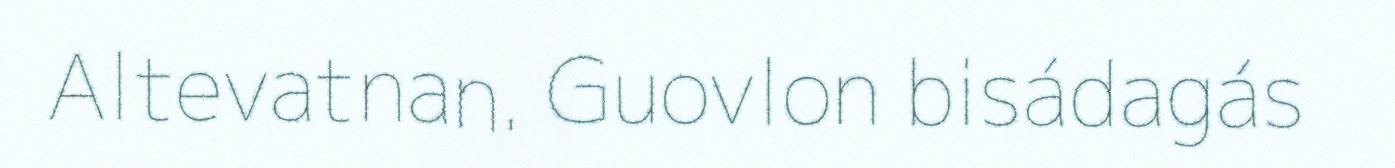
Altevatnan. Guovlon bisádagás